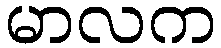
မာလက